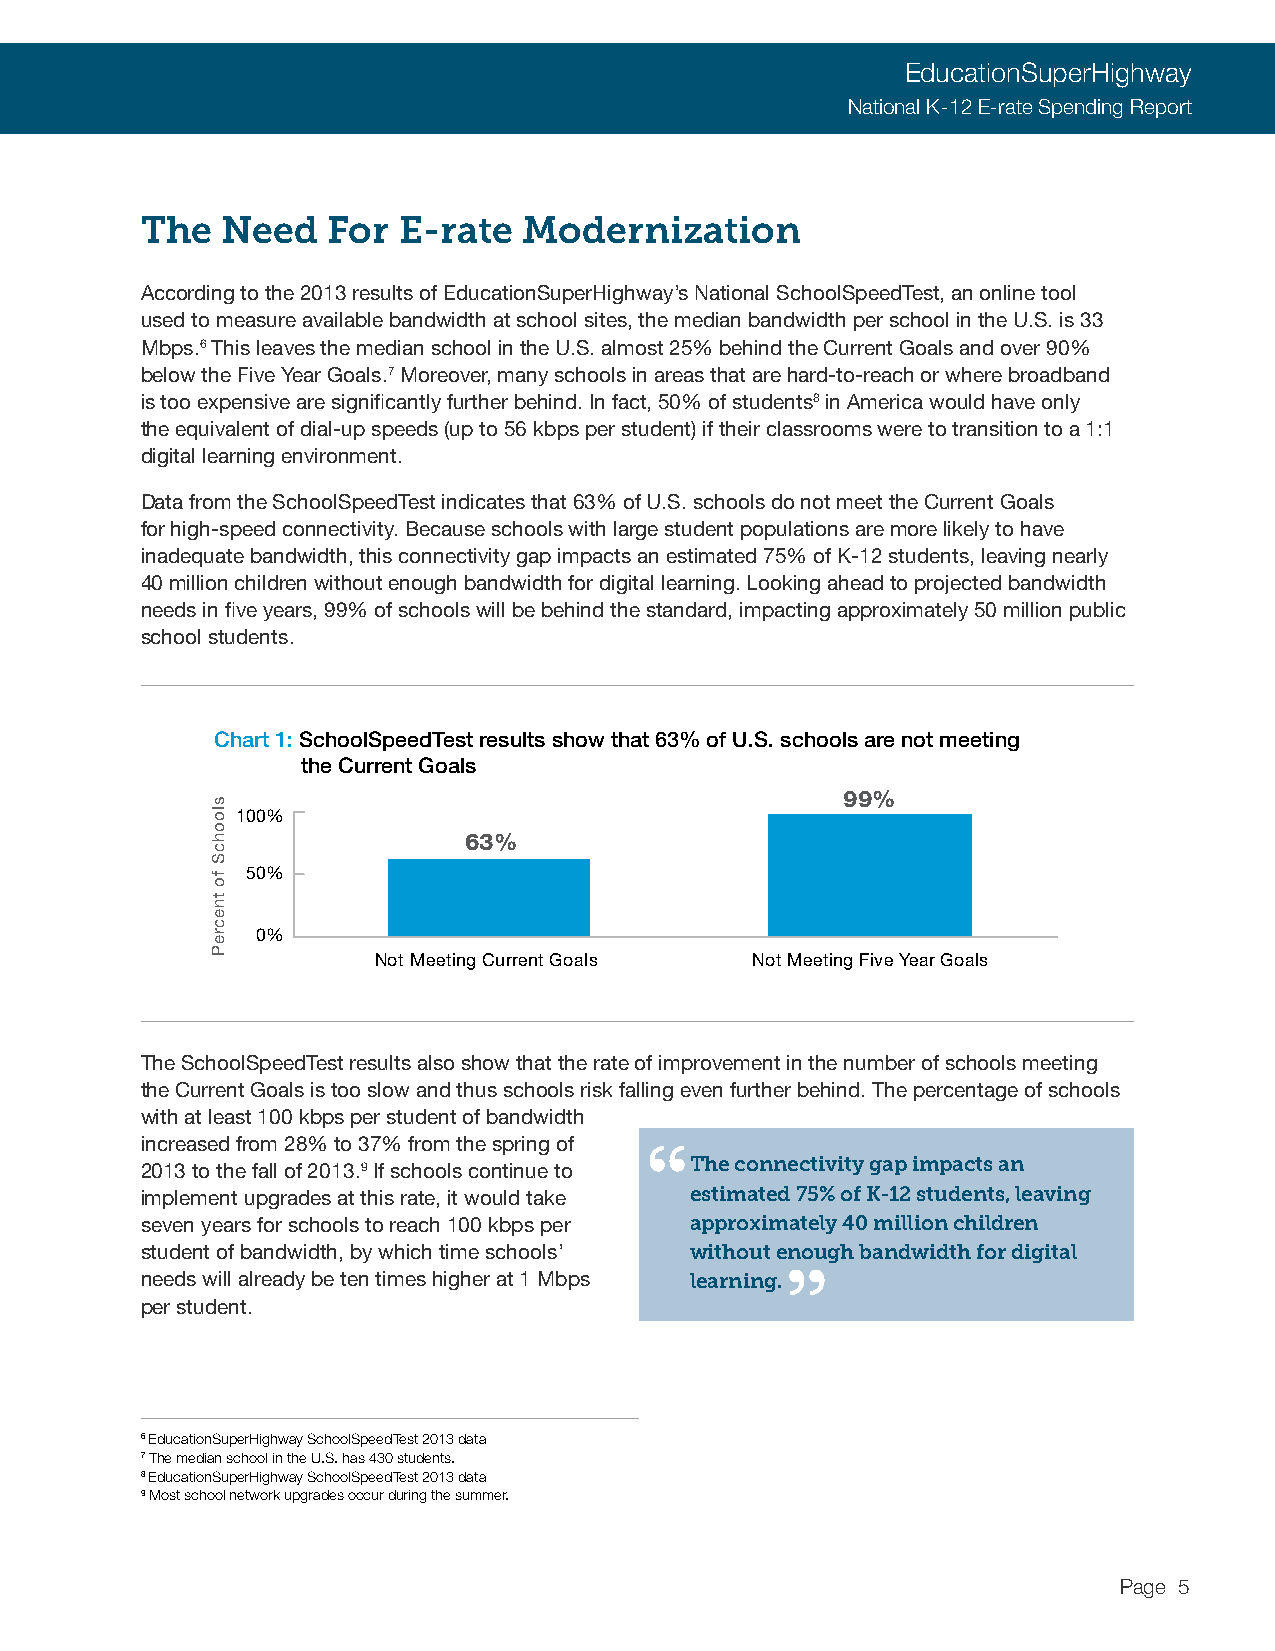
EducationSuperHighway
 National K-12 E-rate Spending Report
 The   Need   For E-rate   Modernization
 According to the 2013 results of EducationSuperHighway’s National SchoolSpeedTest, an online tool
 used to measure available bandwidth at school sites, the median bandwidth per school in the U.S. is 33
 Mbps.6 This leaves the median school in the U.S. almost 25% behind the Current Goals and over 90%
 below the Five Year Goals.7 Moreover, many schools in areas that are hard-to-reach or where broadband
 is too expensive are significantly further behind. In fact, 50% of students8 in America would have only
 the equivalent of dial-up speeds (up to 56 kbps per student) if their classrooms were to transition to a 1:1
 digital learning environment.
 Data from the SchoolSpeedTest indicates that 63% of U.S. schools do not meet the Current Goals
 for high-speed connectivity. Because schools with large student populations are more likely to have
 inadequate bandwidth, this connectivity gap impacts an estimated 75% of K-12 students, leaving nearly
 40 million children without enough bandwidth for digital learning. Looking ahead to projected bandwidth
 needs in five years, 99% of schools will be behind the standard, impacting approximately 50 million public
 school students.
 Chart 1: SchoolSpeedTest results show that 63% of U.S. schools are not meeting
 the Current Goals
 99%
 100%
 63%
 50%
 0%
 Not Meeting Current Goals Not Meeting Five Year Goals
 The SchoolSpeedTest results also show that the rate of improvement in the number of schools meeting
 the Current Goals is too slow and thus schools risk falling even further behind. The percentage of schools
 with at least 100 kbps per student of bandwidth
 “
 increased from 28% to 37% from the spring of
 The connectivity gap impacts an
 2013 to the fall of 2013.9 If schools continue to
 implement upgrades at this rate, it would take estimated 75% of K-12 students, leaving
 seven years for schools to reach 100 kbps per approximately 40 million children
 student of bandwidth, by which time schools’ without e”nough bandwidth for digital
 needs will already be ten times higher at 1 Mbps learning.
 per student.
 6 EducationSuperHighway SchoolSpeedTest 2013 data
 7 The median school in the U.S. has 430 students.
 8 EducationSuperHighway SchoolSpeedTest 2013 data
 9 Most school network upgrades occur during the summer.
 Page 5
 sloohcS
 fo
 tnecreP